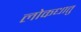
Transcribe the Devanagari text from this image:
लोकधातु